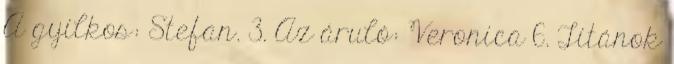
A gyilkos: Stefan. 3. Az áruló: Veronica 6. Titánok